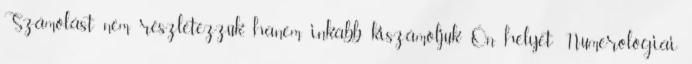
Számolást nem részletezzük, hanem inkább kiszámóljuk Ön helyet: Numerológiai